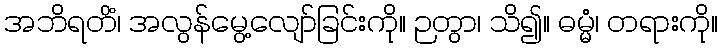
အဘိရတိံ၊ အလွန်မွေ့လျော်ခြင်းကို။ ဉတွာ၊ သိ၍။ ဓမ္မံ၊ တရားကို။